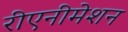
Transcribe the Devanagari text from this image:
रीएनीमेशन